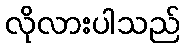
လိုလားပါသည်